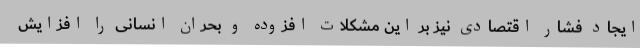
ایجاد فشار اقتصادی نیز بر این مشکلات افزوده و بحران انسانی را افزایش